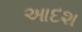
આદશ